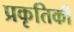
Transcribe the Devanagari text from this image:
प्रकृतिकी